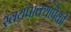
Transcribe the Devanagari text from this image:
स्वयंपाक्यांपैकी